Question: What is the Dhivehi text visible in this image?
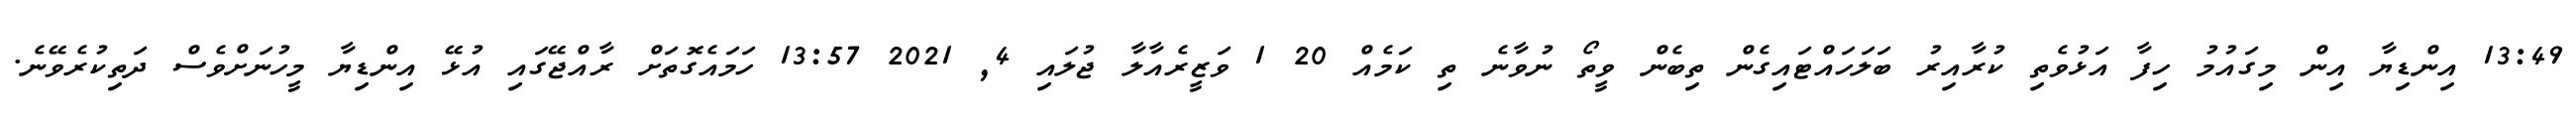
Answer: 13:49 އިންޑިޔާ އިން މިގައުމު ހިފާ އަޅުވެތި ކުރާއިރު ބަލަހައްޓައިގެން ތިބެން ވީތޯ ނުވާނެ ތި ކަމެއް 20 1 ވަޒީރެއާލާ ޖުލައި 4, 2021 13:57 ހަމައެގޮތަށް ރާއްޖޭގައި އުޅޭ އިންޑިޔާ މީހުނަށްވެސް ދަތިކުރެވޭނެ.